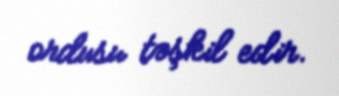
ordusu təşkil edir.